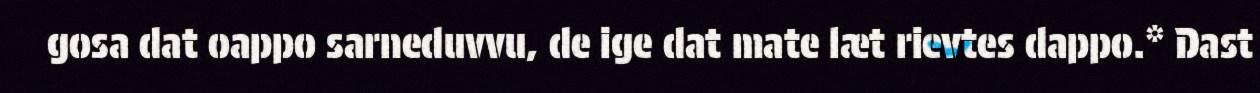
gosa dat oappo sarneduvvu, de ige dat mate læt rievtes dappo.* Dast